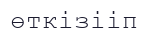
өткізііп